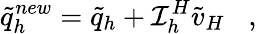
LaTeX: \tilde{q}_{h}^{new}=\tilde{q}_{h}+{\cal I}_{h}^{H}\tilde{v}_{H}\; \; \; ,